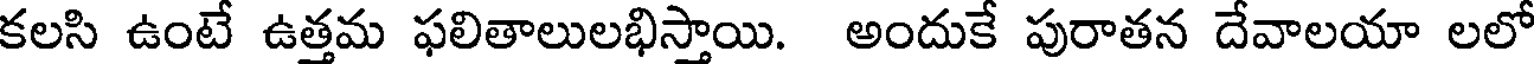
కలసి ఉంటే ఉత్తమ ఫలితాలులభిస్తాయి. అందుకే పురాతన దేవాలయా లలో